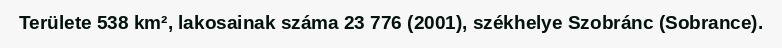
Területe 538 km², lakosainak száma 23 776 (2001), székhelye Szobránc (Sobrance).